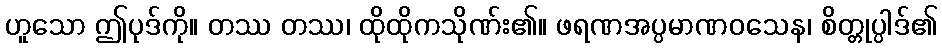
ဟူသော ဤပုဒ်ကို။ တဿ တဿ၊ ထိုထိုကသိုဏ်း၏။ ဖရဏအပ္ပမာဏဝသေန၊ စိတ္တုပ္ပါဒ်၏